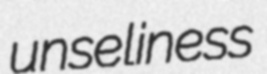
unseliness